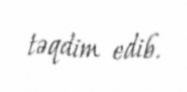
təqdim edib.